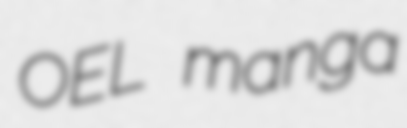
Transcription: OEL manga